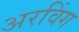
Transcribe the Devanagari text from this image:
अरविंग